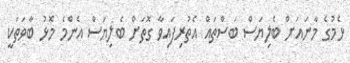
ޅެމުގެ މާނައަށް ބެލިޔަސް ބަސްތައް އެތުރިފައިވާ ގޮތަށް ބެލިޔަސް އެންމެ މޮޅު ބާވަތަކީ